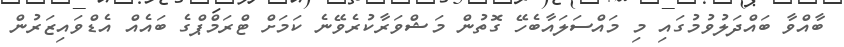
ބާއްވާ ބައްދަލުވުމުގައި މި މައްސަލައާބެހޭ ގޮތުން މަޝްވަރާކުރެވޭނެ ކަމަށް ޓްރަމްޕްގެ ބައެއް އެޑްވައިޒަރުން